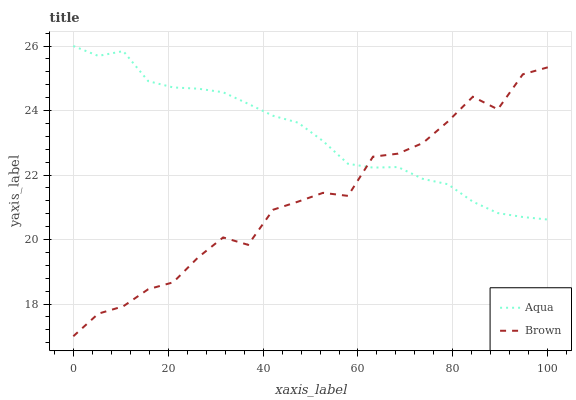
| xaxis_label | Aqua | Brown |
 | --- | --- | --- |
 | 0 | 26 | 17 |
 | 5.26 | 25.7 | 17.7 |
 | 10.5 | 25.8 | 17.9 |
 | 15.8 | 24.9 | 18.5 |
 | 21.1 | 24.7 | 18.7 |
 | 26.3 | 24.7 | 19.4 |
 | 31.6 | 24.6 | 20.1 |
 | 36.8 | 24.2 | 19.8 |
 | 42.1 | 23.8 | 20.9 |
 | 47.4 | 23.6 | 21.2 |
 | 52.6 | 23.1 | 21.4 |
 | 57.9 | 22.3 | 21.4 |
 | 63.2 | 22.2 | 22.6 |
 | 68.4 | 22.2 | 22.7 |
 | 73.7 | 21.9 | 23 |
 | 78.9 | 21.7 | 23.7 |
 | 84.2 | 21.2 | 24.4 |
 | 89.5 | 20.8 | 24 |
 | 94.7 | 20.7 | 25.1 |
 | 100 | 20.6 | 25.3 |